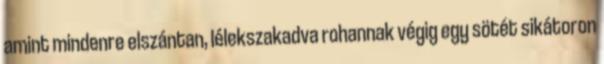
amint mindenre elszántan, lélekszakadva rohannak végig egy sötét sikátoron